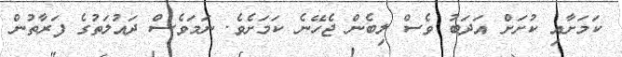
ކަމަށާއި ކުށަށް އަދަބު ވެސް ލިބެން ޖެހޭނެ ކަމަށެވެ. ނަމަވެސް ދައުލަތުގެ ފަރާތުން